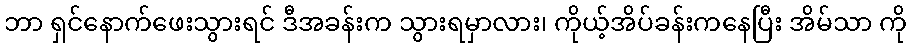
ဘာ ရှင်နောက်ဖေးသွားရင် ဒီအခန်းက သွားရမှာလား၊ ကိုယ့်အိပ်ခန်းကနေပြီး အိမ်သာ ကို